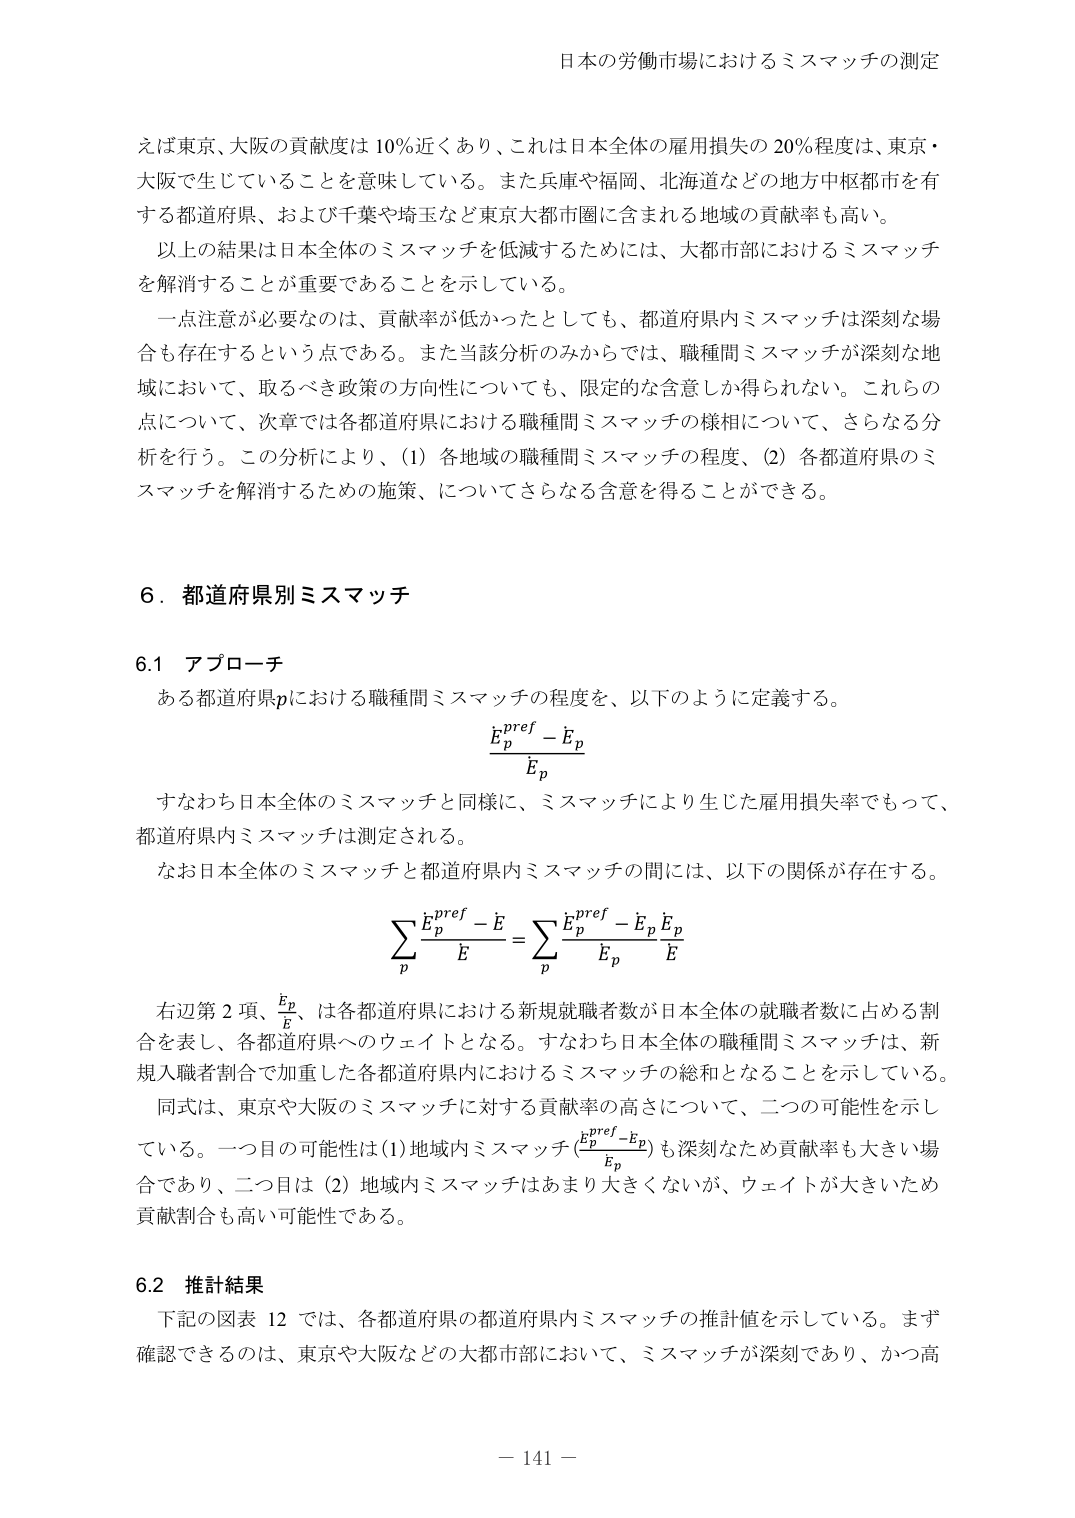
日本の労働市場におけるミスマッチの測定

えば東京、大阪の貢献度は10％近くあり、これは日本全体の雇用損失の20％程度は、東京・大阪で生じていることを意味している。また兵庫や福岡、北海道などの地方中核都市を有する都道府県、および千葉や埼玉など東京大都市圏に含まれる地域の貢献率も高い。

以上の結果は日本全体のミスマッチを低減するためには、大都市部におけるミスマッチを解消することが重要であることを示している。

一点注意が必要なのは、貢献率が低かったとしても、都道府県内ミスマッチは深刻な場合も存在するという点である。また当該分析のみからでは、職種間ミスマッチが深刻な地域において、取るべき政策の方向性についても、限定的な含意しか得られない。これらの点について、次章では各都道府県における職種間ミスマッチの様相について、さらなる分析を行う。この分析により、（1）各地域の職種間ミスマッチの程度、（2）各都道府県のミスマッチを解消するための施策、についてさらなる含意を得ることができる。

6．都道府県別ミスマッチ

6.1 アプローチ

ある都道府県pにおける職種間ミスマッチの程度を、以下のように定義する。

(E_p^pref - E_p) / E_p

すなわち日本全体のミスマッチと同様に、ミスマッチにより生じた雇用損失率でもって、都道府県内ミスマッチは測定される。

なお日本全体のミスマッチと都道府県内ミスマッチの間には、以下の関係が存在する。

Σ_p (E_p^pref - E) / E = Σ_p (E_p^pref - E_p) / E_p * E_p / E

右辺第2項、E_p / E、は各都道府県における新規就職者数が日本全体の就職者数に占める割合を表し、各都道府県へのウェイトとなる。すなわち日本全体の職種間ミスマッチは、新規入職者割合で加重した各都道府県内におけるミスマッチの総和となることを示している。

同式は、東京や大阪のミスマッチに対する貢献率の高さについて、二つの可能性を示している。一つ目の可能性は（1）地域内ミスマッチ（(E_p^pref - E_p) / E_p）も深刻なため貢献率も大きい場合であり、二つ目は（2）地域内ミスマッチはあまり大きくないが、ウェイトが大きいため貢献割合も高い可能性である。

6.2 推計結果

下記の図表12では、各都道府県の都道府県内ミスマッチの推計値を示している。まず確認できるのは、東京や大阪などの大都市部において、ミスマッチが深刻であり、かつ高

－ 141 －